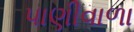
પાણીવાળા